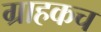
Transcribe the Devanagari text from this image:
ग्राहकच